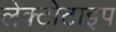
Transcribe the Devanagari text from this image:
लेक्टोटाइप